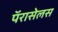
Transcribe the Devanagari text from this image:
पॅरासेलस